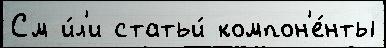
См и́л'и статьи́ компон'е́нты